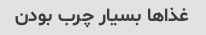
غذاها بسیار چرب بودن